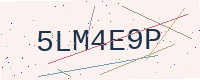
Text: 5LM4E9P